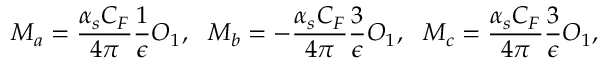
M _ { a } = \frac { \alpha _ { s } C _ { F } } { 4 \pi } \frac { 1 } { \epsilon } O _ { 1 } , \ \ M _ { b } = - \frac { \alpha _ { s } C _ { F } } { 4 \pi } \frac { 3 } { \epsilon } O _ { 1 } , \ \ M _ { c } = \frac { \alpha _ { s } C _ { F } } { 4 \pi } \frac { 3 } { \epsilon } O _ { 1 } ,